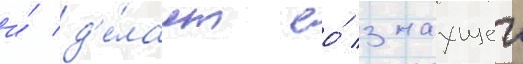
и́ д'е́лает ео́ знаущеи